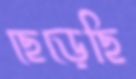
ছেড়েছি